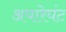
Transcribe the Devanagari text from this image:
अघारेघंट